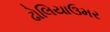
ઢોલિયાઉમર